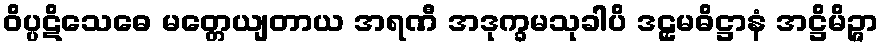
ဝိပ္ပဋိသေဓေ မတ္တေယျတာယ အရဏီ အဒုက္ခမသုခါပိ ဒဠှမဓိဋ္ဌာနံ အဋ္ဌိမိဉ္ဇာ